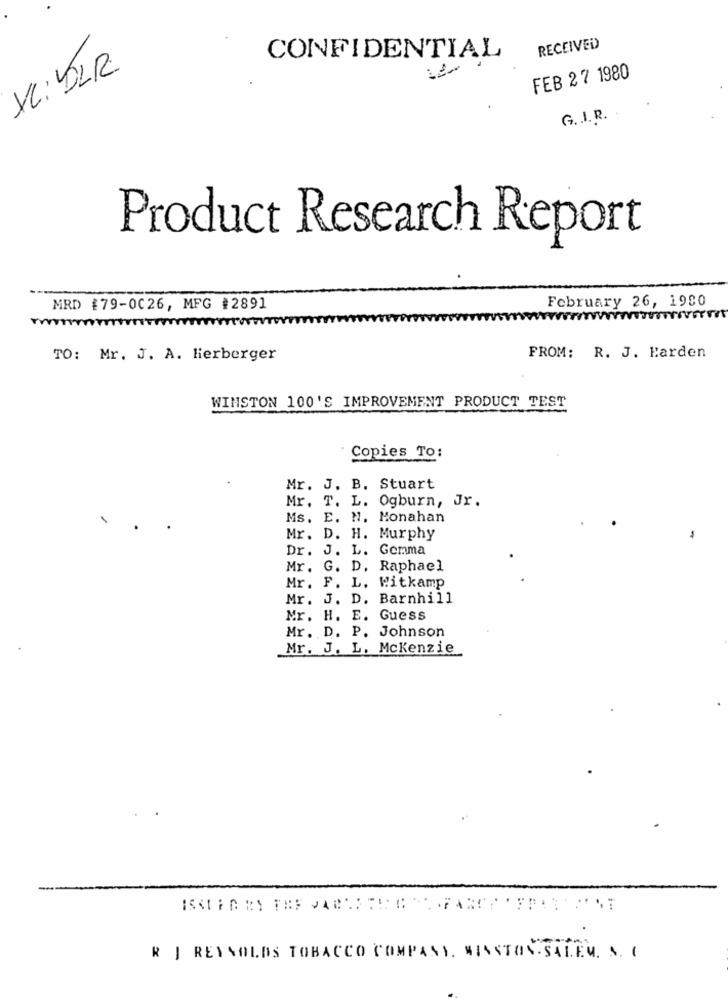
RECEIVED
CONFIDENTIAL
VC: DLR
FEB 27 1980
G.I. R.
Product Research Report
February 26, 1980
MRD {79-0026, MFG #2891
TO: Mr. J. A. lierberger
FROM: R. J. Harden
WINSTON 100'S IMPROVEMENT PRODUCT TEST
Copies To:
Mr. J. B. Stuart
Mr. T. L. Ogburn, Jr.
Ms. E. N. Monahan
Mr. D. H. Murphy
-
Dr. J. L. Gemma
Mr. G. D. Raphael
Mr. F. L. Witkamp
Mr. J. D. Barnhill
Mr. H. E. Guess
Mr. D. P. Johnson
Mr. J. L. Mckenzie
-
R J REYNOLDS TOBACCO COMPANY. WINSTON- SALEM. S. C